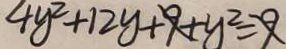
4 y ^ { 2 } + 1 2 y + 9 + y ^ { 2 } = 9